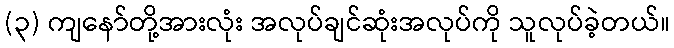
(၃) ကျနော်တို့အားလုံး အလုပ်ချင်ဆုံးအလုပ်ကို သူလုပ်ခဲ့တယ်။